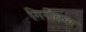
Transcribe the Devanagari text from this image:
गिरीतल